Civil Veterinary Department. Madras. Admin. report 1910-25 - 1910-1925
Year: 1910
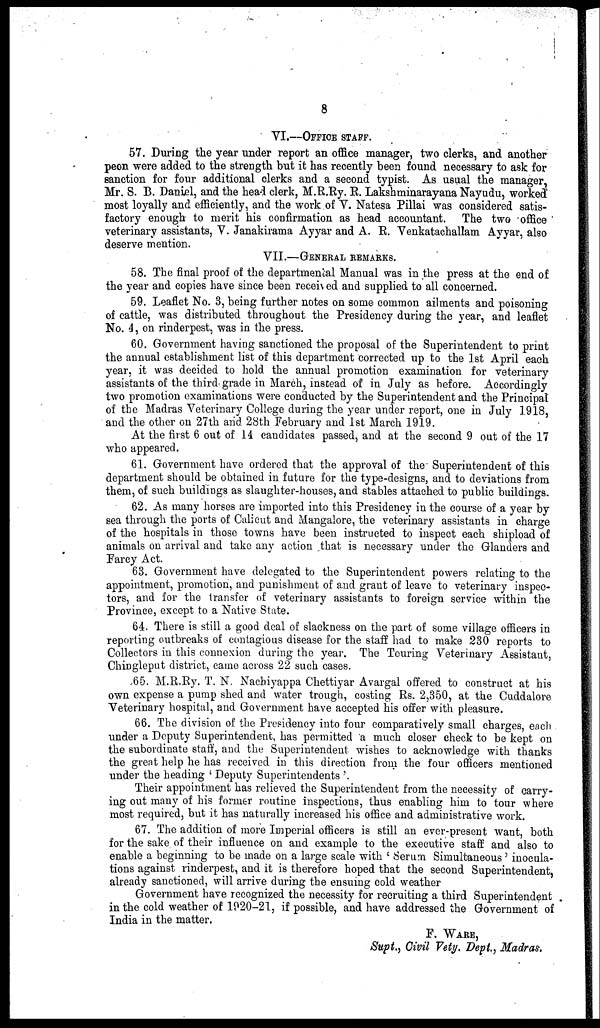
8
VI.—OFFICE STAFF.
57. During the year under report an office manager, two clerks, and another
peon were added to the strength but it has recently been found necessary to ask for
sanction for four additional clerks and a second typist. As usual the manager,
Mr. S. B. Daniel, and the head clerk, M.R.Ry. R. Lakshminarayana Nayudu, worked
most loyally and efficiently, and the work of V. Natesa Pillai was considered satis-
factory enough to merit his confirmation as head accountant. The two office
veterinary assistants, V. Janakirama Ayyar and A. R. Venkatachallam Ayyar, also
deserve mention.
VII.—GENERAL REMARKS.
58. The final proof of the departmental Manual was in the press at the end of
the year and copies have since been received and supplied to all concerned.
59. Leaflet No. 3, being further notes on some common ailments and poisoning
of cattle, was distributed throughout the Presidency during the year, and leaflet
No. 4, on rinderpest, was in the press.
60. Government having sanctioned the proposal of the Superintendent to print
the annual establishment list of this department corrected up to the 1st April each
year, it was decided to hold the annual promotion examination for veterinary
assistants of the third grade in March, instead of in July as before. Accordingly
two promotion examinations were conducted by the Superintendent and the Principal
of the Madras Veterinary College during the year under report, one in July 1918,
and the other on 27th and 28th February and 1st March 1919.
At the first 6 out of 14. candidates passed, and at the second 9 out of the 17
who appeared.
61. Government have ordered that the approval of the Superintendent of this
department should be obtained in future for the type-designs, and to deviations from
them, of such buildings as slaughter-houses, and stables attached to public buildings.
62. As many horses are imported into this Presidency in the course of a year by
sea through the ports of Calicut and Mangalore, the veterinary assistants in charge
of the hospitals in those towns have been instructed to inspect each shipload of
animals on arrival and take any action that is necessary under the Glanders and
Farcy Act.
63. Government have delegated to the Superintendent powers relating to the
appointment, promotion, and punishment of and grant of leave to veterinary inspec-
tors, and for the transfer of veterinary assistants to foreign service within the
Province, except to a Native State.
64. There is still a good deal of slackness on the part of some village officers in
reporting outbreaks of contagious disease for the staff had to make 230 reports to
Collectors in this connexion during the year. The Touring Veterinary Assistant,
Chingleput district, came across 22 such cases.
65. M.R.Ry. T. N. Nachiyappa Chettiyar Avargal offered to construct at his
own expense a pump shed and water trough, costing Rs. 2,350, at the Cuddalore
Veterinary hospital, and Government have accepted his offer with pleasure.
66. The division of the Presidency into four comparatively small charges, each
under a Deputy Superintendent, has permitted a much closer check to be kept on
the subordinate staff, and the Superintendent wishes to acknowledge with thanks
the great help he has received in this direction from the four officers mentioned
under the heading 'Deputy Superintendents'
Their appointment has relieved the Superintendent from the necessity of carry-
ing out many of his former routine inspections, thus enabling him to tour where
most required, but it has naturally increased his office and administrative work.
67. The addition of more Imperial officers is still an ever-present want, both
for the sake of their influence on and example to the executive staff and also to
enable a beginning to be made on a large scale with 'Serum Simultaneous' inocula-
tions against rinderpest, and it is therefore hoped that the second Superintendent,
already sanctioned, will arrive during the ensuing cold weather
Government have recognized the necessity for recruiting a third Superintendent
in the cold weather of 1920-21, if possible, and have addressed the Government of
India in the matter.
F. WARE,
Supt., Civil Vety. Dept., Madras.